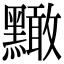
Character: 𪒠